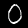
Digit: 0